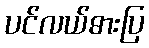
ပင်လယ်ဓားပြ